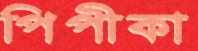
পিপীকা